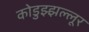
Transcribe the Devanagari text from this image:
कोडुझ्झल्लूर